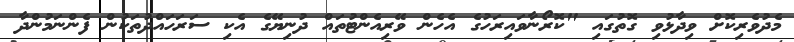
މެދުވެރިކޮށް ވިދާޅުވި ގޮތުގައި "ކޮރޯނާވައިރަހުގެ އެހެން ވޭރިއެންޓުތައް ދުނިޔޭގެ އެކި ސަރަހައްދުތަކުން ފެންނަމުންދާ